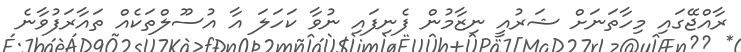
ރާއްޖޭގައި މިހާތަނަށް ޝަރުއީ ނިޒާމުން ފެނިފައި ނުވާ ކަހަލަ އާ އުސޫލްތަކެއް ތައާރަފުވާނެ